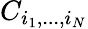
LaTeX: C_{i_{1},...,i_{N}}